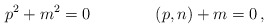
\begin{align*}p^2+m^2=0\qquad\qquad (p,n)+m=0\,, \end{align*}